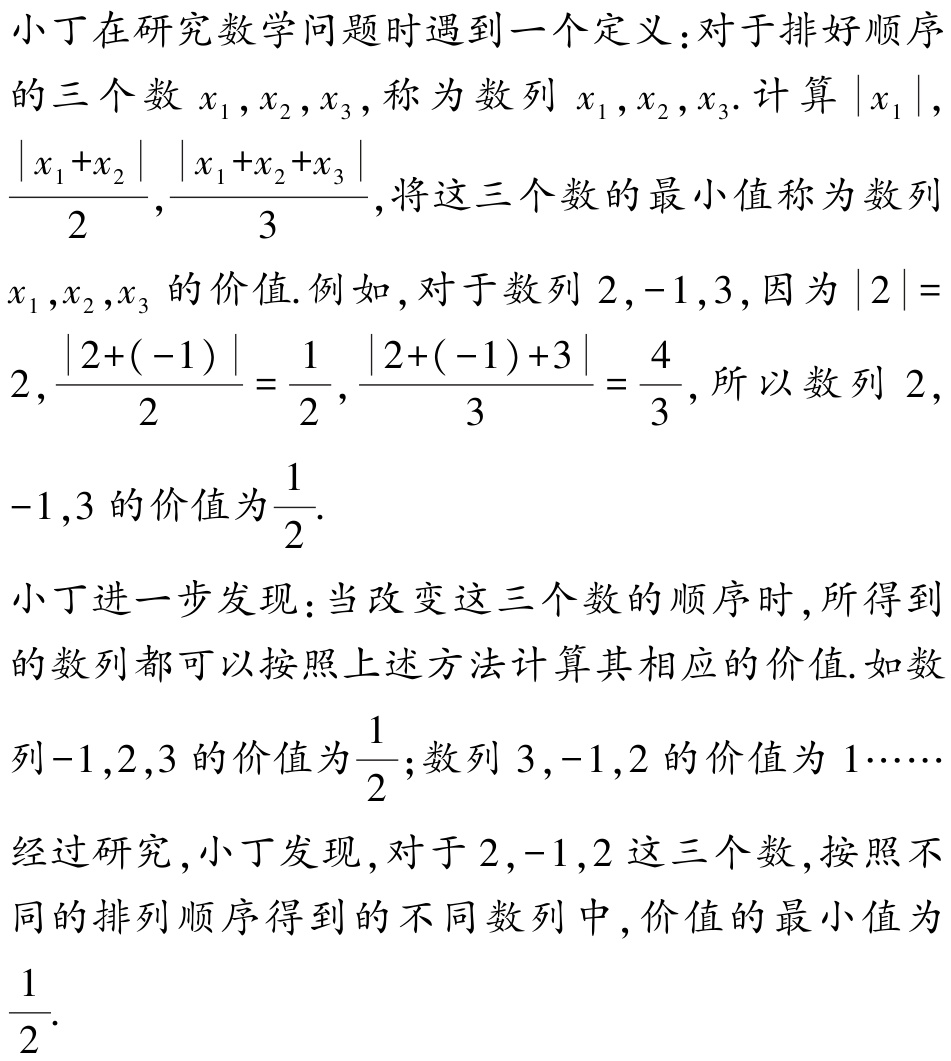
小丁在研究数学问题时遇到一个定义：对于排好顺序的三个数\(x_1,x_2,x_3\)，称为数列\(x_1,x_2,x_3\). 计算\(\vert x_1\vert\)，\(\frac{\vert x_1 + x_2\vert}{2}\)，\(\frac{\vert x_1 + x_2 + x_3\vert}{3}\)，将这三个数的最小值称为数列\(x_1,x_2,x_3\)的价值. 例如，对于数列\(2,-1,3\)，因为\(\vert 2\vert = 2\)，\(\frac{\vert 2 + (-1)\vert}{2}=\frac{1}{2}\)，\(\frac{\vert 2 + (-1)+3\vert}{3}=\frac{4}{3}\)，所以数列\(2, -1,3\)的价值为\(\frac{1}{2}\).
小丁进一步发现：当改变这三个数的顺序时，所得到的数列都可以按照上述方法计算其相应的价值. 如数列\(-1,2,3\)的价值为\(\frac{1}{2}\)；数列\(3,-1,2\)的价值为\(1\cdots\cdots\)经过研究，小丁发现，对于\(2,-1,2\)这三个数，按照不同的排列顺序得到的不同数列中，价值的最小值为\(\frac{1}{2}\).